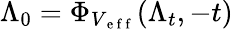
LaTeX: \Lambda_{0}=\Phi_{V_{\mathrm{~e~f~f~}}}(\Lambda_{t},-t)